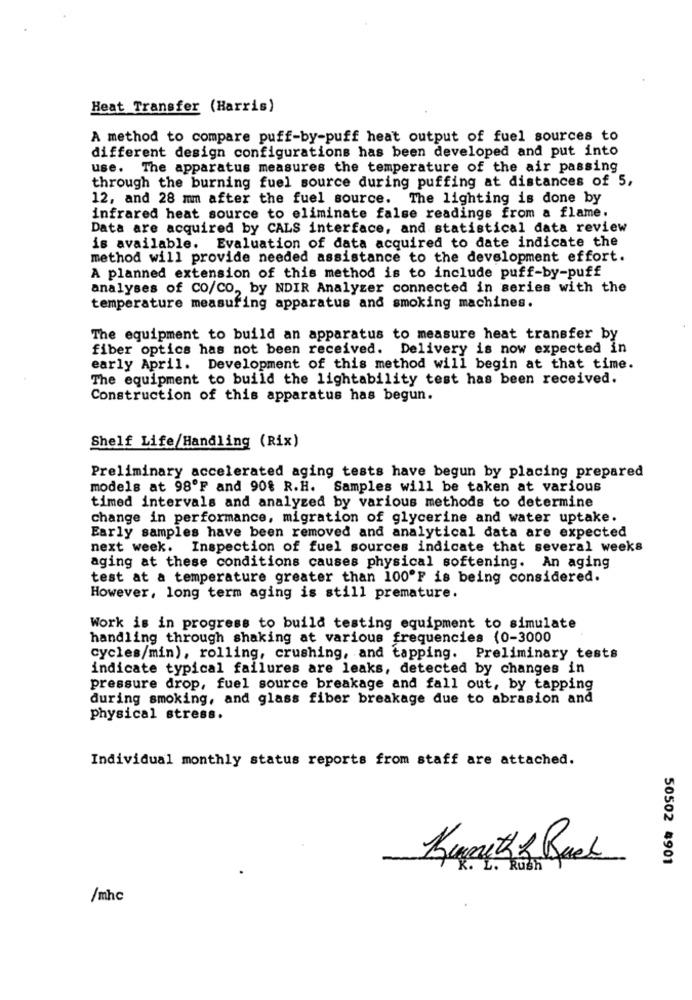
Heat Transfer (Harris)
A method to compare puff-by-puff heat output of fuel sources to
different design configurations has been developed and put into
use. The apparatus measures the temperature of the air passing
through the burning fuel source during puffing at distances of 5,
12, and 28 mm after the fuel source. The lighting is done by
infrared heat source to eliminate false readings from a flame.
Data are acquired by CALS interface, and statistical data review
is available. Evaluation of data acquired to date indicate the
method will provide needed assistance to the development effort.
A planned extension of this method is to include puff-by-puff
analyses of CO/CO, by NDIR Analyzer connected in series with the
temperature measuring apparatus and smoking machines.
The equipment to build an apparatus to measure heat transfer by
fiber optics has not been received. Delivery is now expected in
early April. Development of this method will begin at that time.
The equipment to build the lightability test has been received.
Construction of this apparatus has begun.
Shelf Life/Handling (Rix)
Preliminary accelerated aging tests have begun by placing prepared
models at 98ºF and 90% R.H. Samples will be taken at various
timed intervals and analyzed by various methods to determine
change in performance, migration of glycerine and water uptake.
Early samples have been removed and analytical data are expected
next week. Inspection of fuel sources indicate that several weeks
aging at these conditions causes physical softening. An aging
test at a temperature greater than 100ºF is being considered.
However, long term aging is still premature.
Work is in progress to build testing equipment to simulate
handling through shaking at various frequencies (0-3000
cycles/min), rolling, crushing, and tapping. Preliminary tests
indicate typical failures are leaks, detected by changes in
pressure drop, fuel source breakage and fall out, by tapping
during smoking, and glass fiber breakage due to abrasion and
physical stress.
Individual monthly status reports from staff are attached.
Knouthz Ruch
50502 4901
K. L. Rush
/mhc